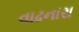
વાઢનારા